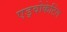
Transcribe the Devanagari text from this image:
एड्वोकेटिंग